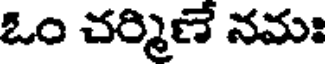
ఓం చర్మిణే నమః